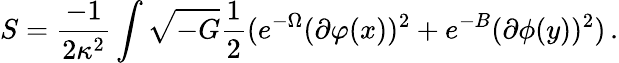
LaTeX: S=\frac{-1}{2\kappa^{2}}\int\sqrt{-G}\frac{1}{2}(e^{-\Omega}(\partial\varphi(x))^{2}+e^{-B}(\partial\phi(y))^{2})\, .